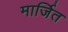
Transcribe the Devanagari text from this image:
मार्जित